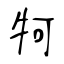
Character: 牱